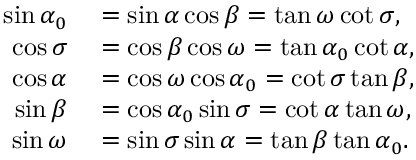
\begin{array} { r l } { \sin \alpha _ { 0 } } & { { } = \sin \alpha \cos \beta = \tan \omega \cot \sigma , } \\ { \cos \sigma } & { { } = \cos \beta \cos \omega = \tan \alpha _ { 0 } \cot \alpha , } \\ { \cos \alpha } & { { } = \cos \omega \cos \alpha _ { 0 } = \cot \sigma \tan \beta , } \\ { \sin \beta } & { { } = \cos \alpha _ { 0 } \sin \sigma = \cot \alpha \tan \omega , } \\ { \sin \omega } & { { } = \sin \sigma \sin \alpha = \tan \beta \tan \alpha _ { 0 } . } \end{array}